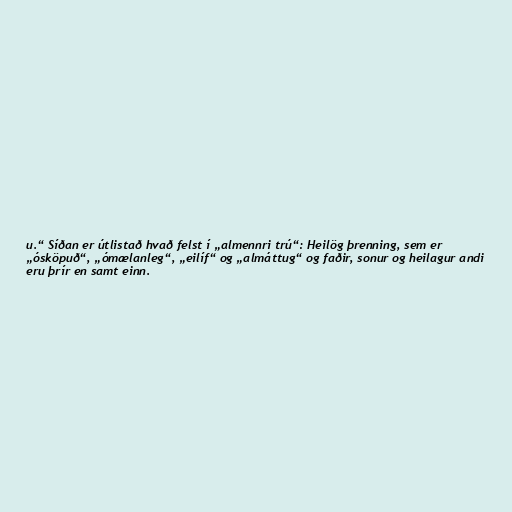
u.“ Síðan er útlistað hvað felst í „almennri trú“: Heilög þrenning, sem er
„ósköpuð“, „ómælanleg“, „eilíf“ og „almáttug“ og faðir, sonur og heilagur andi
eru þrír en samt einn.